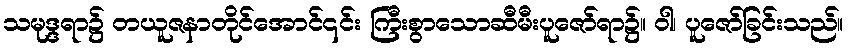
သမုဒ္ဒရာ၌ တယူဇနာတိုင်အောင်၎င်း ကြီးစွာသောဆီမီးပူဇော်ရာ၌။ ဝါ၊ ပူဇော်ခြင်းသည်။